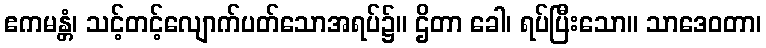
ဧကမန္တံ၊ သင့်တင့်လျောက်ပတ်သောအရပ်၌။ ဌိတာ ခေါ၊ ရပ်ပြီးသော။ သာဒေဝတာ၊